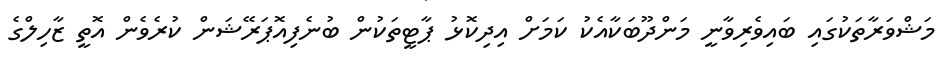
މަޝްވަރާތަކުގައި ބައިވެރިވާނީ މަންދޫބަކާއެކު ކަމަށް އިދިކޮޅު ޕާޓީތަކުން ބުނެފިއޮޕަރޭޝަން ކުރެވެން އޮތީ ޒާހިލްގެ